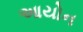
આયોન